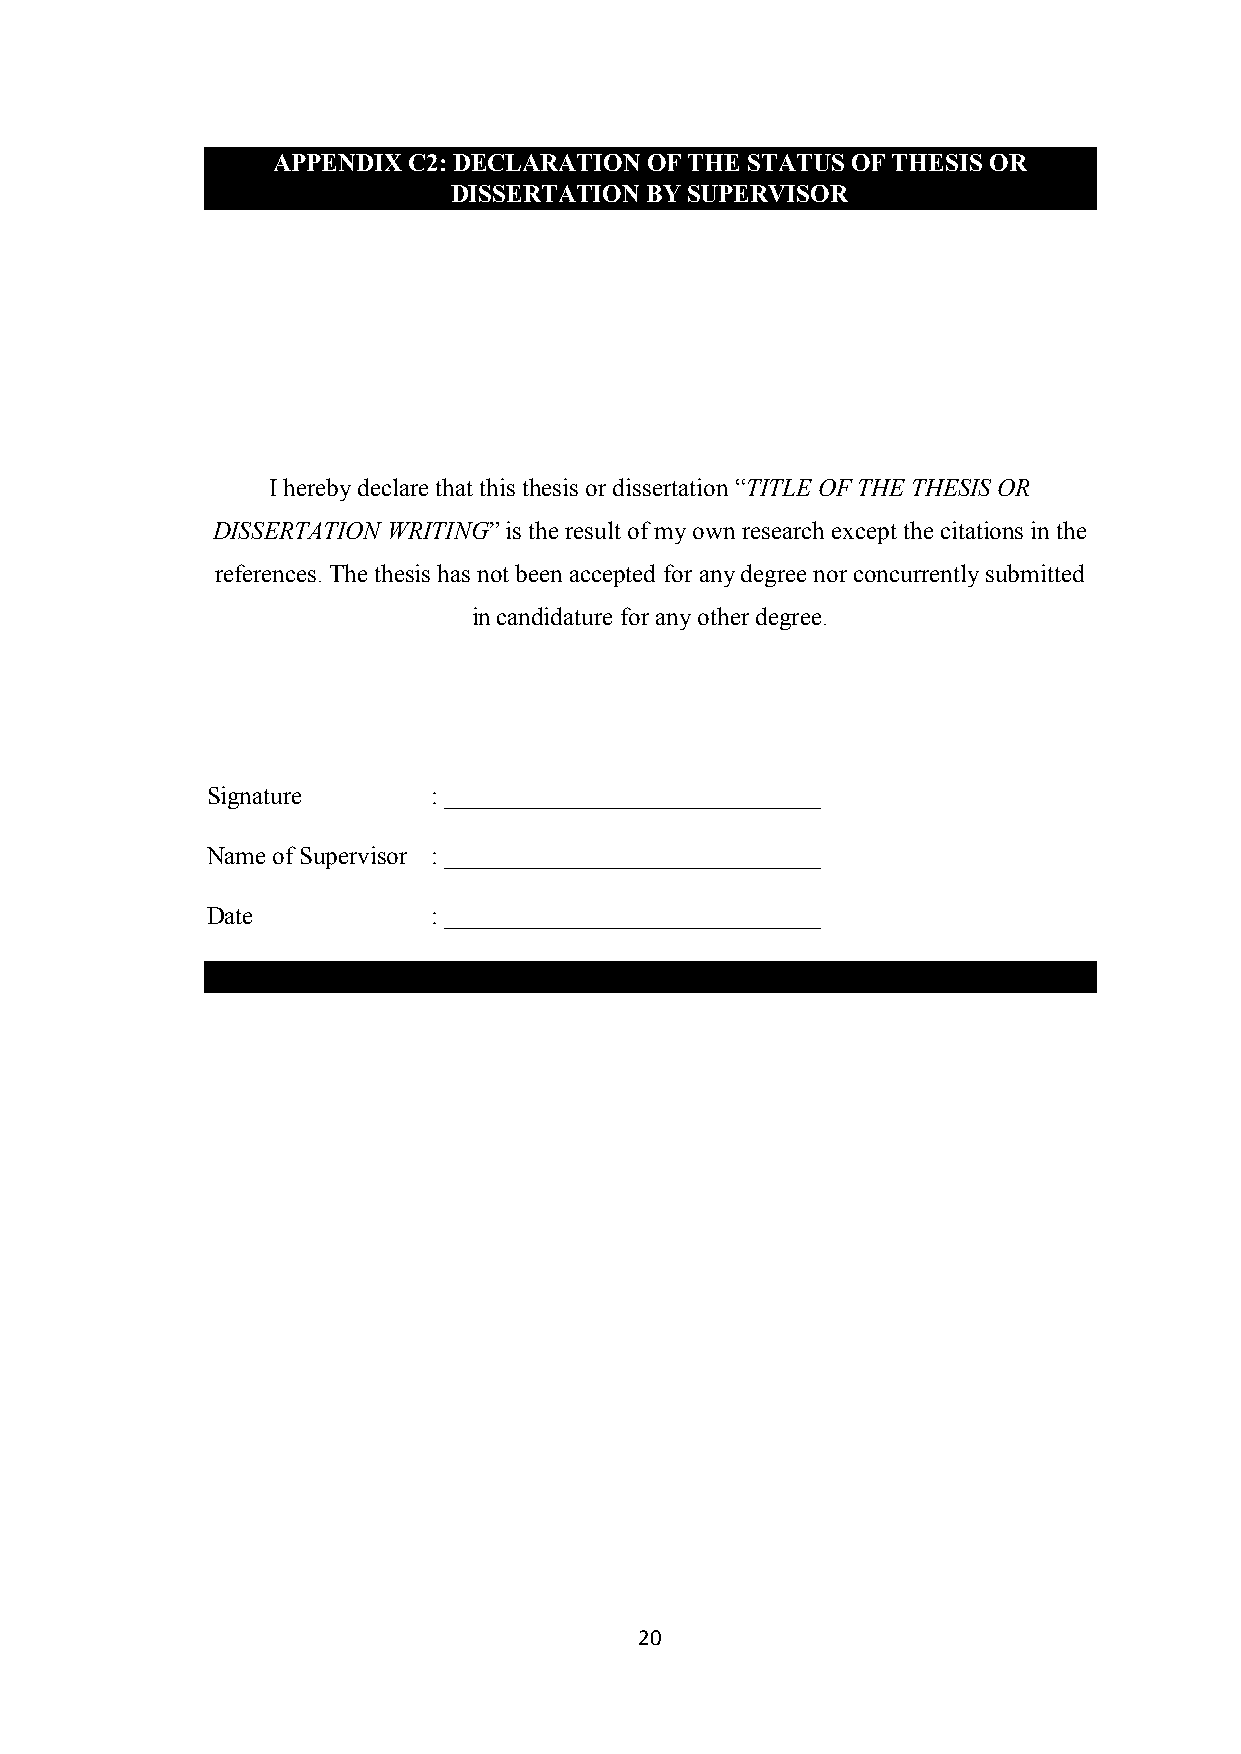
APPENDIX C2: DECLARATION OF THE STATUS OF THESIS OR
 DISSERTATION BY SUPERVISOR
 I hereby declare that this thesis or dissertation “TITLE OF THE THESIS OR
 DISSERTATION WRITING” is the result of my own research except the citations in the
 references. The thesis has not been accepted for any degree nor concurrently submitted
 in candidature for any other degree.
 Signature      : ______________________________
 Name of Supervisor : ______________________________
 Date           : ______________________________
 20